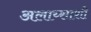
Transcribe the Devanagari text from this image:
अलाय्साशी